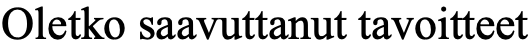
Oletko saavuttanut tavoitteet